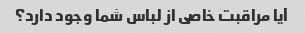
آیا مراقبت خاصی از لباس شما وجود دارد؟